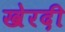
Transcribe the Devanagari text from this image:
खेरदी